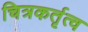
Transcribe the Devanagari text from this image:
चित्रकर्तृत्व